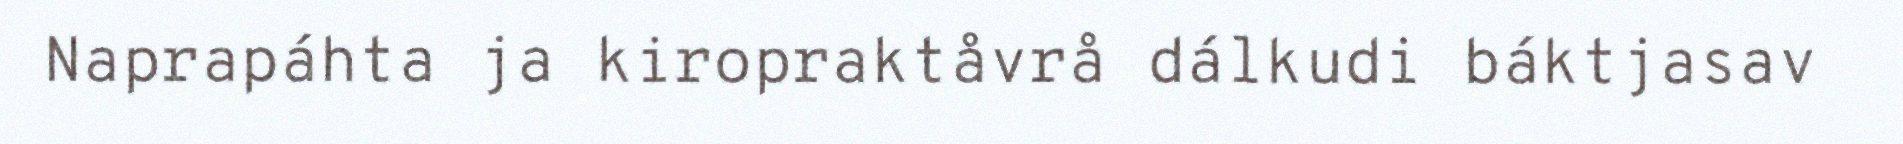
Naprapáhta ja kiropraktåvrå dálkudi báktjasav